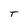
Character: T